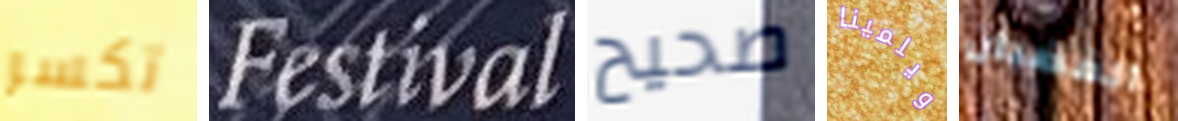
تكسر Festival صحيح ويلمينا القضبان